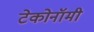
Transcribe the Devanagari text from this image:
टेकोनॉमी